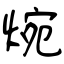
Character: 焥